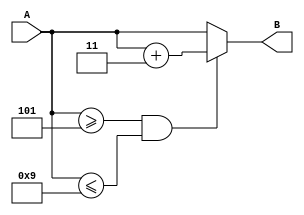
module add3(input [3:0] A, output reg [3:0] B);//4bit input A 4bit register B  add3  
    always @(*)begin//always block 
        if(A>=5 && A<=9)begin//A 5 A 9 if 
            B = A+3;//B A+3 
        end//if 
        else begin//   
            B = A;//B A 
        end//else 
    end//always 
endmodule//add3